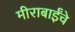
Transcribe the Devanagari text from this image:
मीराबाईंचे